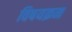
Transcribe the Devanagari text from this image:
विषयक्रम